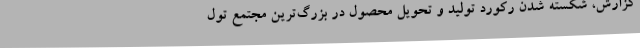
گزارش، شکسته شدن رکورد تولید و تحویل محصول در بزرگ‌ترین مجتمع تول